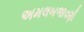
અમલબજાવણી